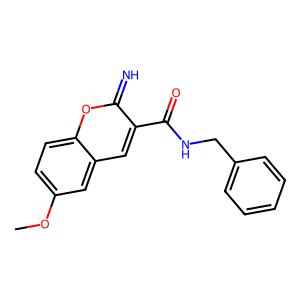
SMILES: COc1ccc2oc(=N)c(C(=O)NCc3ccccc3)cc2c1
Inhibits HIV replication: No